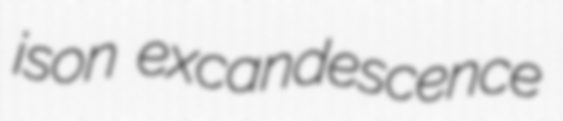
ison excandescence